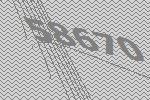
58670